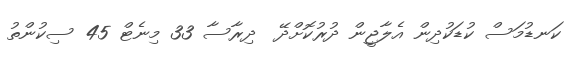
ކަނޑުމަސް ކުޑަކުދިން އެލާޖީން ދުރުކޮށްދޭ  ދިރާސާ 33 މިނެޓް 45 ސިކުންތު